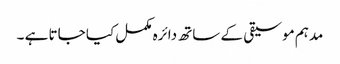
مدہم موسیقی کے ساتھ دائرہ مکمل کیا جاتا ہے ۔